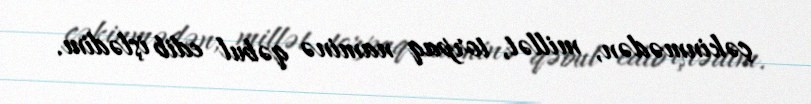
çəkinmədən, millət, torpaq naminə qəbul edib işlədim.